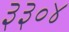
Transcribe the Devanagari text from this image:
३३०४